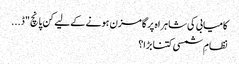
کامیابی کی شاہراہ پر گامزن ہونے کے لیے کن پانچ "ڈ...
نظامِ شمسی کتنا بڑا؟